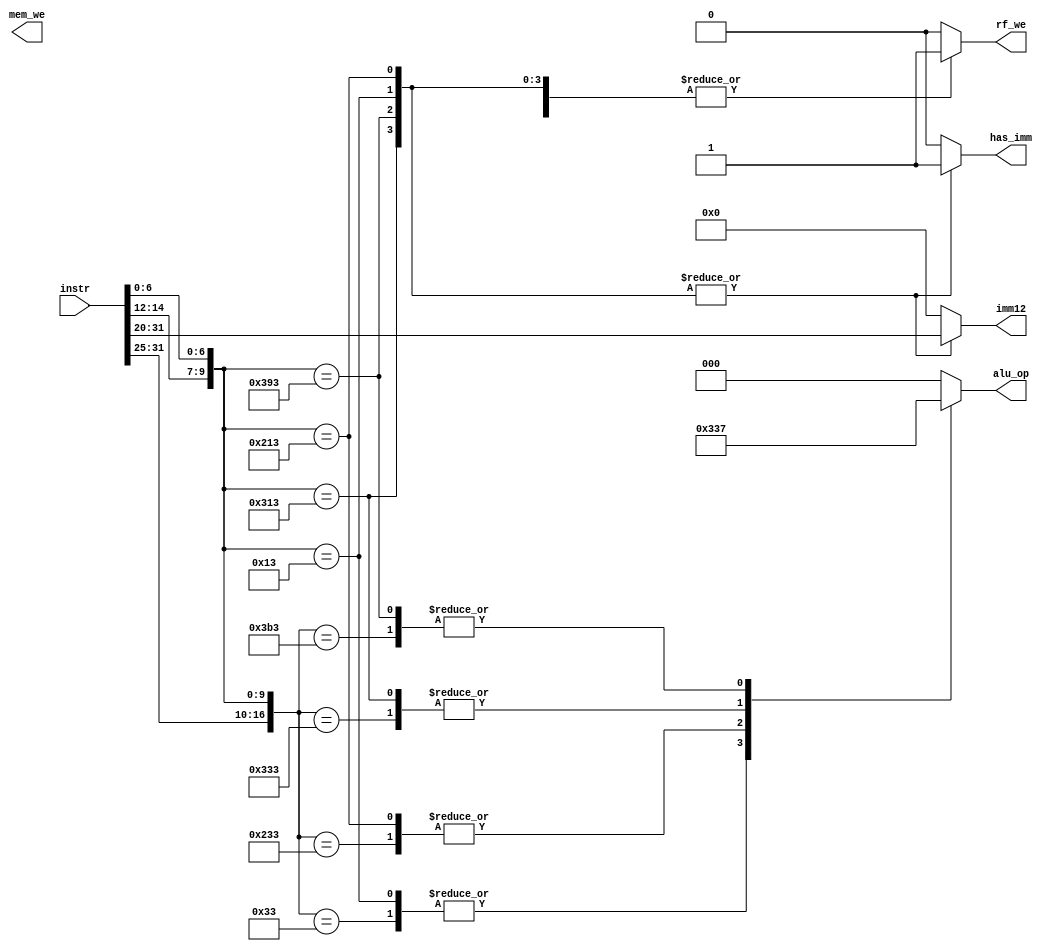
module control(
    input [31:0]instr,

    output reg [11:0]imm12,
    output reg rf_we,
    output reg [2:0]alu_op,
    output reg has_imm,
    output reg mem_we
);

wire [6:0]opcode = instr[6:0];
wire [2:0]funct3 = instr[14:12];
wire [1:0]funct2 = instr[26:25];
wire [4:0]funct5 = instr[31:27];

always @(*) begin
    rf_we = 1'b0;
    alu_op = 3'b0;
    imm12 = 12'b0;
    has_imm = 1'b0;

    casez ({funct5, funct2, funct3, opcode})
        17'b?????_??_000_0010011: begin // ADDI
            $strobe("(%s) funct5 = %h, funct2 = %h, funct3 = %h, opcode = %h",
                "ADDI", funct5, funct2, funct3, opcode);
            rf_we = 1'b1;
            alu_op = 3'b001;
            imm12 = instr[31:20];
            has_imm = 1'b1;
        end
        17'b?????_??_100_0010011: begin // XORI
            $strobe("(%s) funct5 = %h, funct2 = %h, funct3 = %h, opcode = %h",
                "XORI", funct5, funct2, funct3, opcode);
            rf_we = 1'b1;
            alu_op = 3'b100;
            imm12 = instr[31:20];
            has_imm = 1'b1;
        end
        17'b?????_??_110_0010011: begin // ORI
            $strobe("(%s) funct5 = %h, funct2 = %h, funct3 = %h, opcode = %h",
                "ORI", funct5, funct2, funct3, opcode);
            rf_we = 1'b1;
            alu_op = 3'b110;
            imm12 = instr[31:20];
            has_imm = 1'b1;
        end
        17'b?????_??_111_0010011: begin // ANDI
            $strobe("(%s) funct5 = %h, funct2 = %h, funct3 = %h, opcode = %h",
                "ANDI", funct5, funct2, funct3, opcode);
            rf_we = 1'b1;
            alu_op = 3'b111;
            imm12 = instr[31:20];
            has_imm = 1'b1;
        end
        17'b00000_00_000_0110011: begin // ADD
            $strobe("(%s) funct5 = %h, funct2 = %h, funct3 = %h, opcode = %h",
                "ADD", funct5, funct2, funct3, opcode);
            rf_we = 1'b1;
            alu_op = 3'b001;
            has_imm = 1'b0;
        end
        17'b00000_00_100_0110011: begin // XOR
            $strobe("(%s) funct5 = %h, funct2 = %h, funct3 = %h, opcode = %h",
                "XOR", funct5, funct2, funct3, opcode);
            rf_we = 1'b1;
            alu_op = 3'b100;
            has_imm = 1'b0;
        end
        17'b00000_00_110_0110011: begin // OR
            $strobe("(%s) funct5 = %h, funct2 = %h, funct3 = %h, opcode = %h",
                "OR", funct5, funct2, funct3, opcode);
            rf_we = 1'b1;
            alu_op = 3'b110;
            has_imm = 1'b0;
        end
        17'b00000_00_111_0110011: begin // AND
            $strobe("(%s) funct5 = %h, funct2 = %h, funct3 = %h, opcode = %h",
                "AND", funct5, funct2, funct3, opcode);
            rf_we = 1'b1;
            alu_op = 3'b111;
            has_imm = 1'b0;
        end
        /*
        *   Problem 2:
        *   Describe SW instruction here
        */
        default: begin
            $strobe("(%s) funct5 = %h, funct2 = %h, funct3 = %h, opcode = %h",
                "UNKNOW INSTRUCTION", funct5, funct2, funct3, opcode);
        end
    endcase
end

endmodule